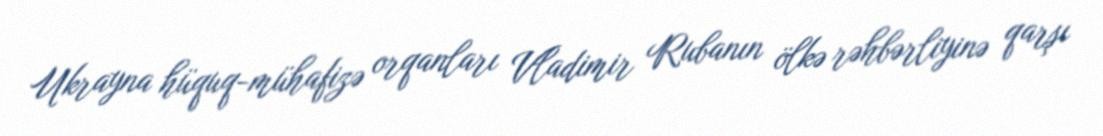
Ukrayna hüquq-mühafizə orqanları Vladimir Rubanın ölkə rəhbərliyinə qarşı